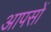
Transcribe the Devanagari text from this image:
आपसों